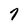
Character: 7